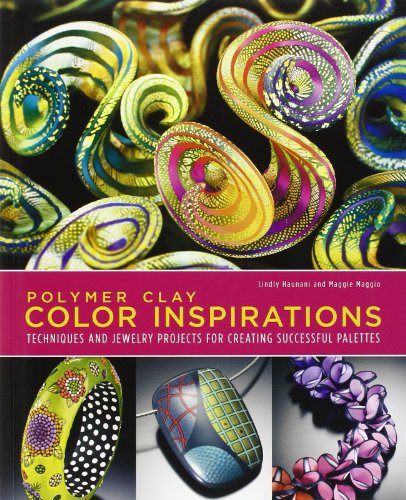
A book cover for Polymer Clay Color Inspirations: Techniques and Jewelry Projects for Creating Successful Palettes; Lindly Haunani; Crafts, Hobbies & Home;